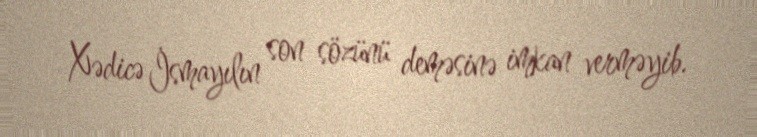
Xədicə İsmayılın son sözünü deməsinə imkan verməyib.